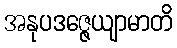
အနုပဒဇ္ဇေယျာမာတိ